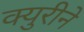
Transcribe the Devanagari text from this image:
क्युरीने